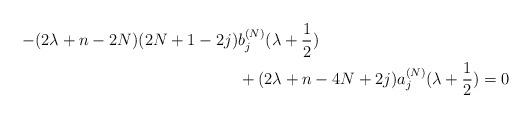
LaTeX: \begin{align*} -(2\lambda+n-2N)(2N+1-2j)&b_j^{(N)}(\lambda+\frac{1}{2}) \\ &+(2\lambda +n-4N+2j)a_{j}^{(N)}(\lambda+\frac{1}{2})=0 \end{align*}